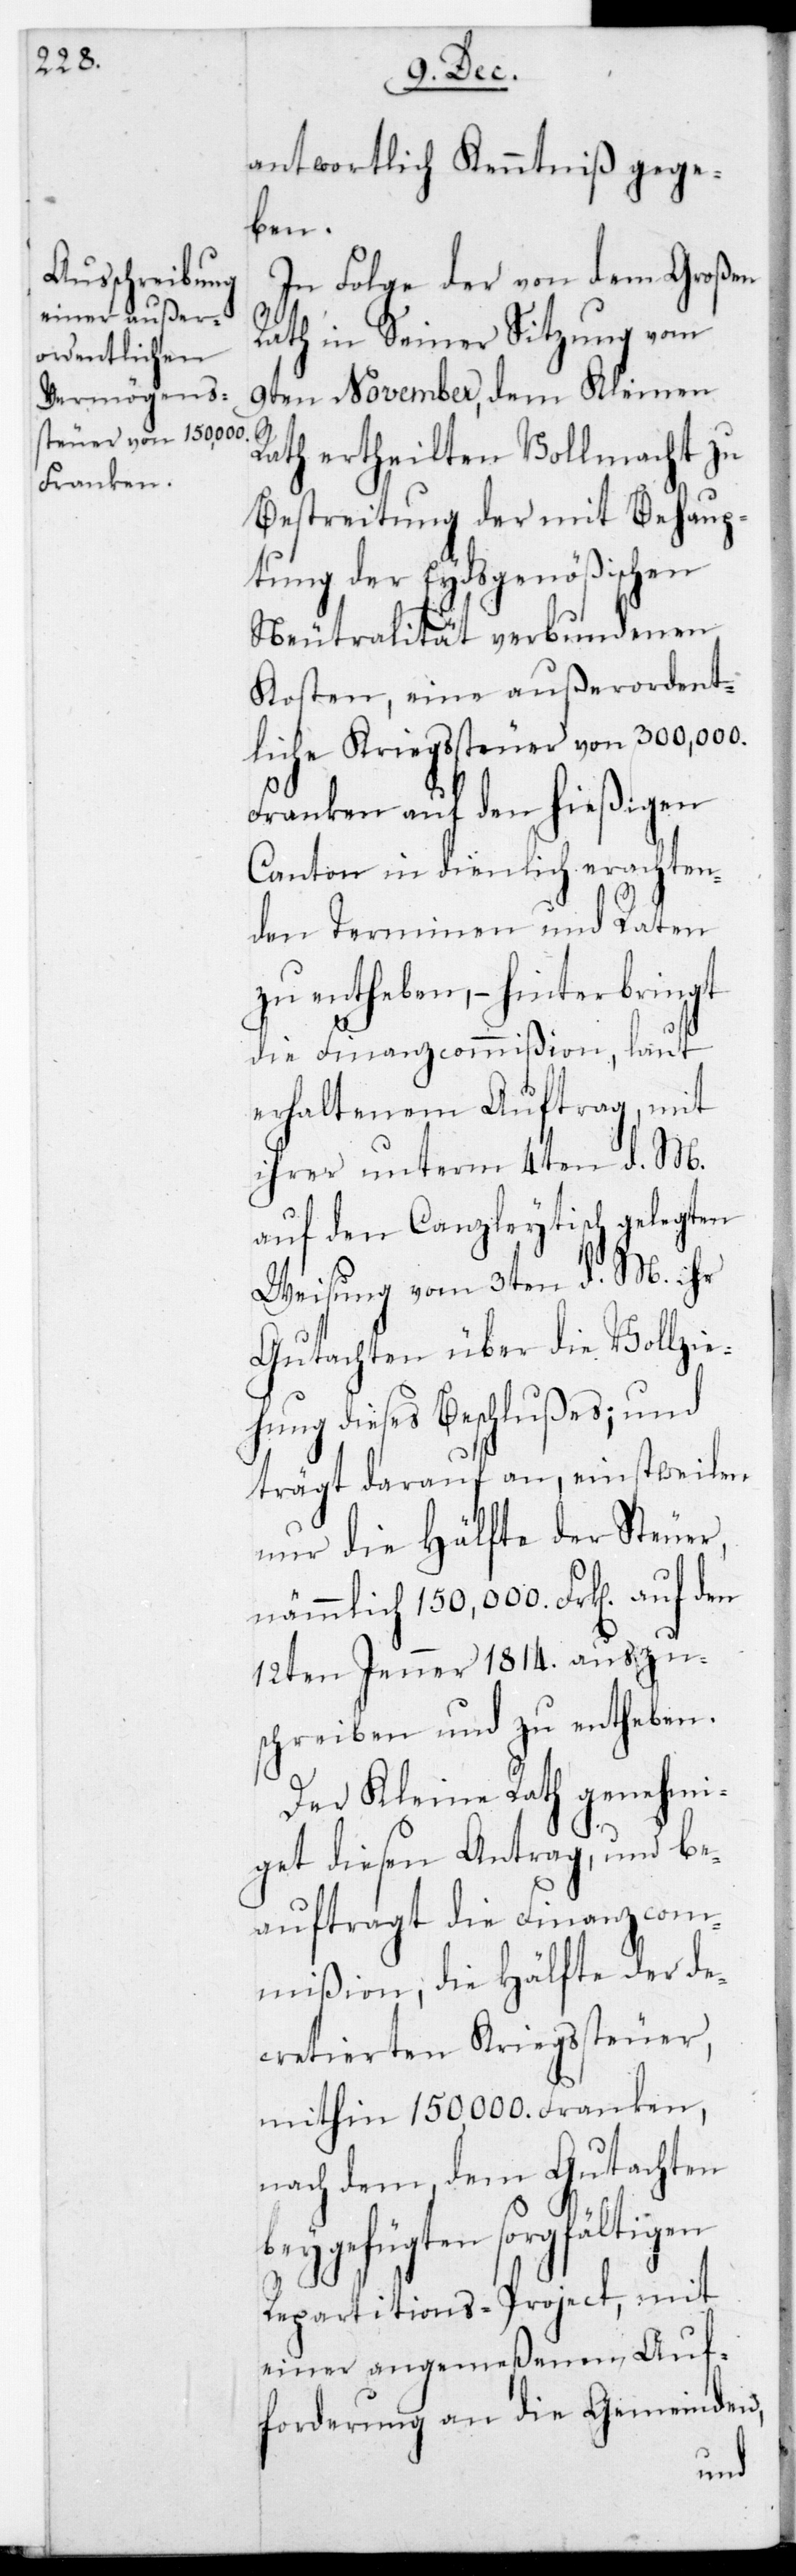
antwortlich Kenntniß gege¬
ben.
In Folge der von dem Großen
Rath in seiner Sitzung vom
9ten November, dem Kleinen
Rath ertheilten Vollmacht zu
Bestreitung der mit Behaup¬
tung der Eydsgenößischen
Neutralität verbundenen
Kosten, eine außerordent¬
liche Kriegssteuer von 300,000.
Franken auf den hießigen
Canton in dienlich erachten¬
den Terminen und Raten
zu entheben, – hinterbringt
die Finanzcommißion, laut
erhaltenem Auftrag, mit
ihrer unterm 4ten d. M.
auf den Canzleytisch gelegten
Weisung vom 3ten d. M. ihr
Gutachten über die Vollzie¬
hung dieses Beschlußes; und
trägt darauf an, einstweilen
nur die Hälfte der Steuer,
nämmlich 150,000 Frk[en] auf den
12ten Jenner 1814. auszu¬
schreiben und zu entheben.
Der Kleine Rath genehmi¬
get diesen Antrag, und be¬
auftragt die Finanzcom¬
mißion, die Hälfte der de¬
cretierten Kriegssteuer,
mithin 150,000. Franken,
nach dem, dem Gutachten
beygefügten sorgfältigen
Repartitions-Project, mit
einer angemeßenen Auf¬
forderung an die Gemeinden,